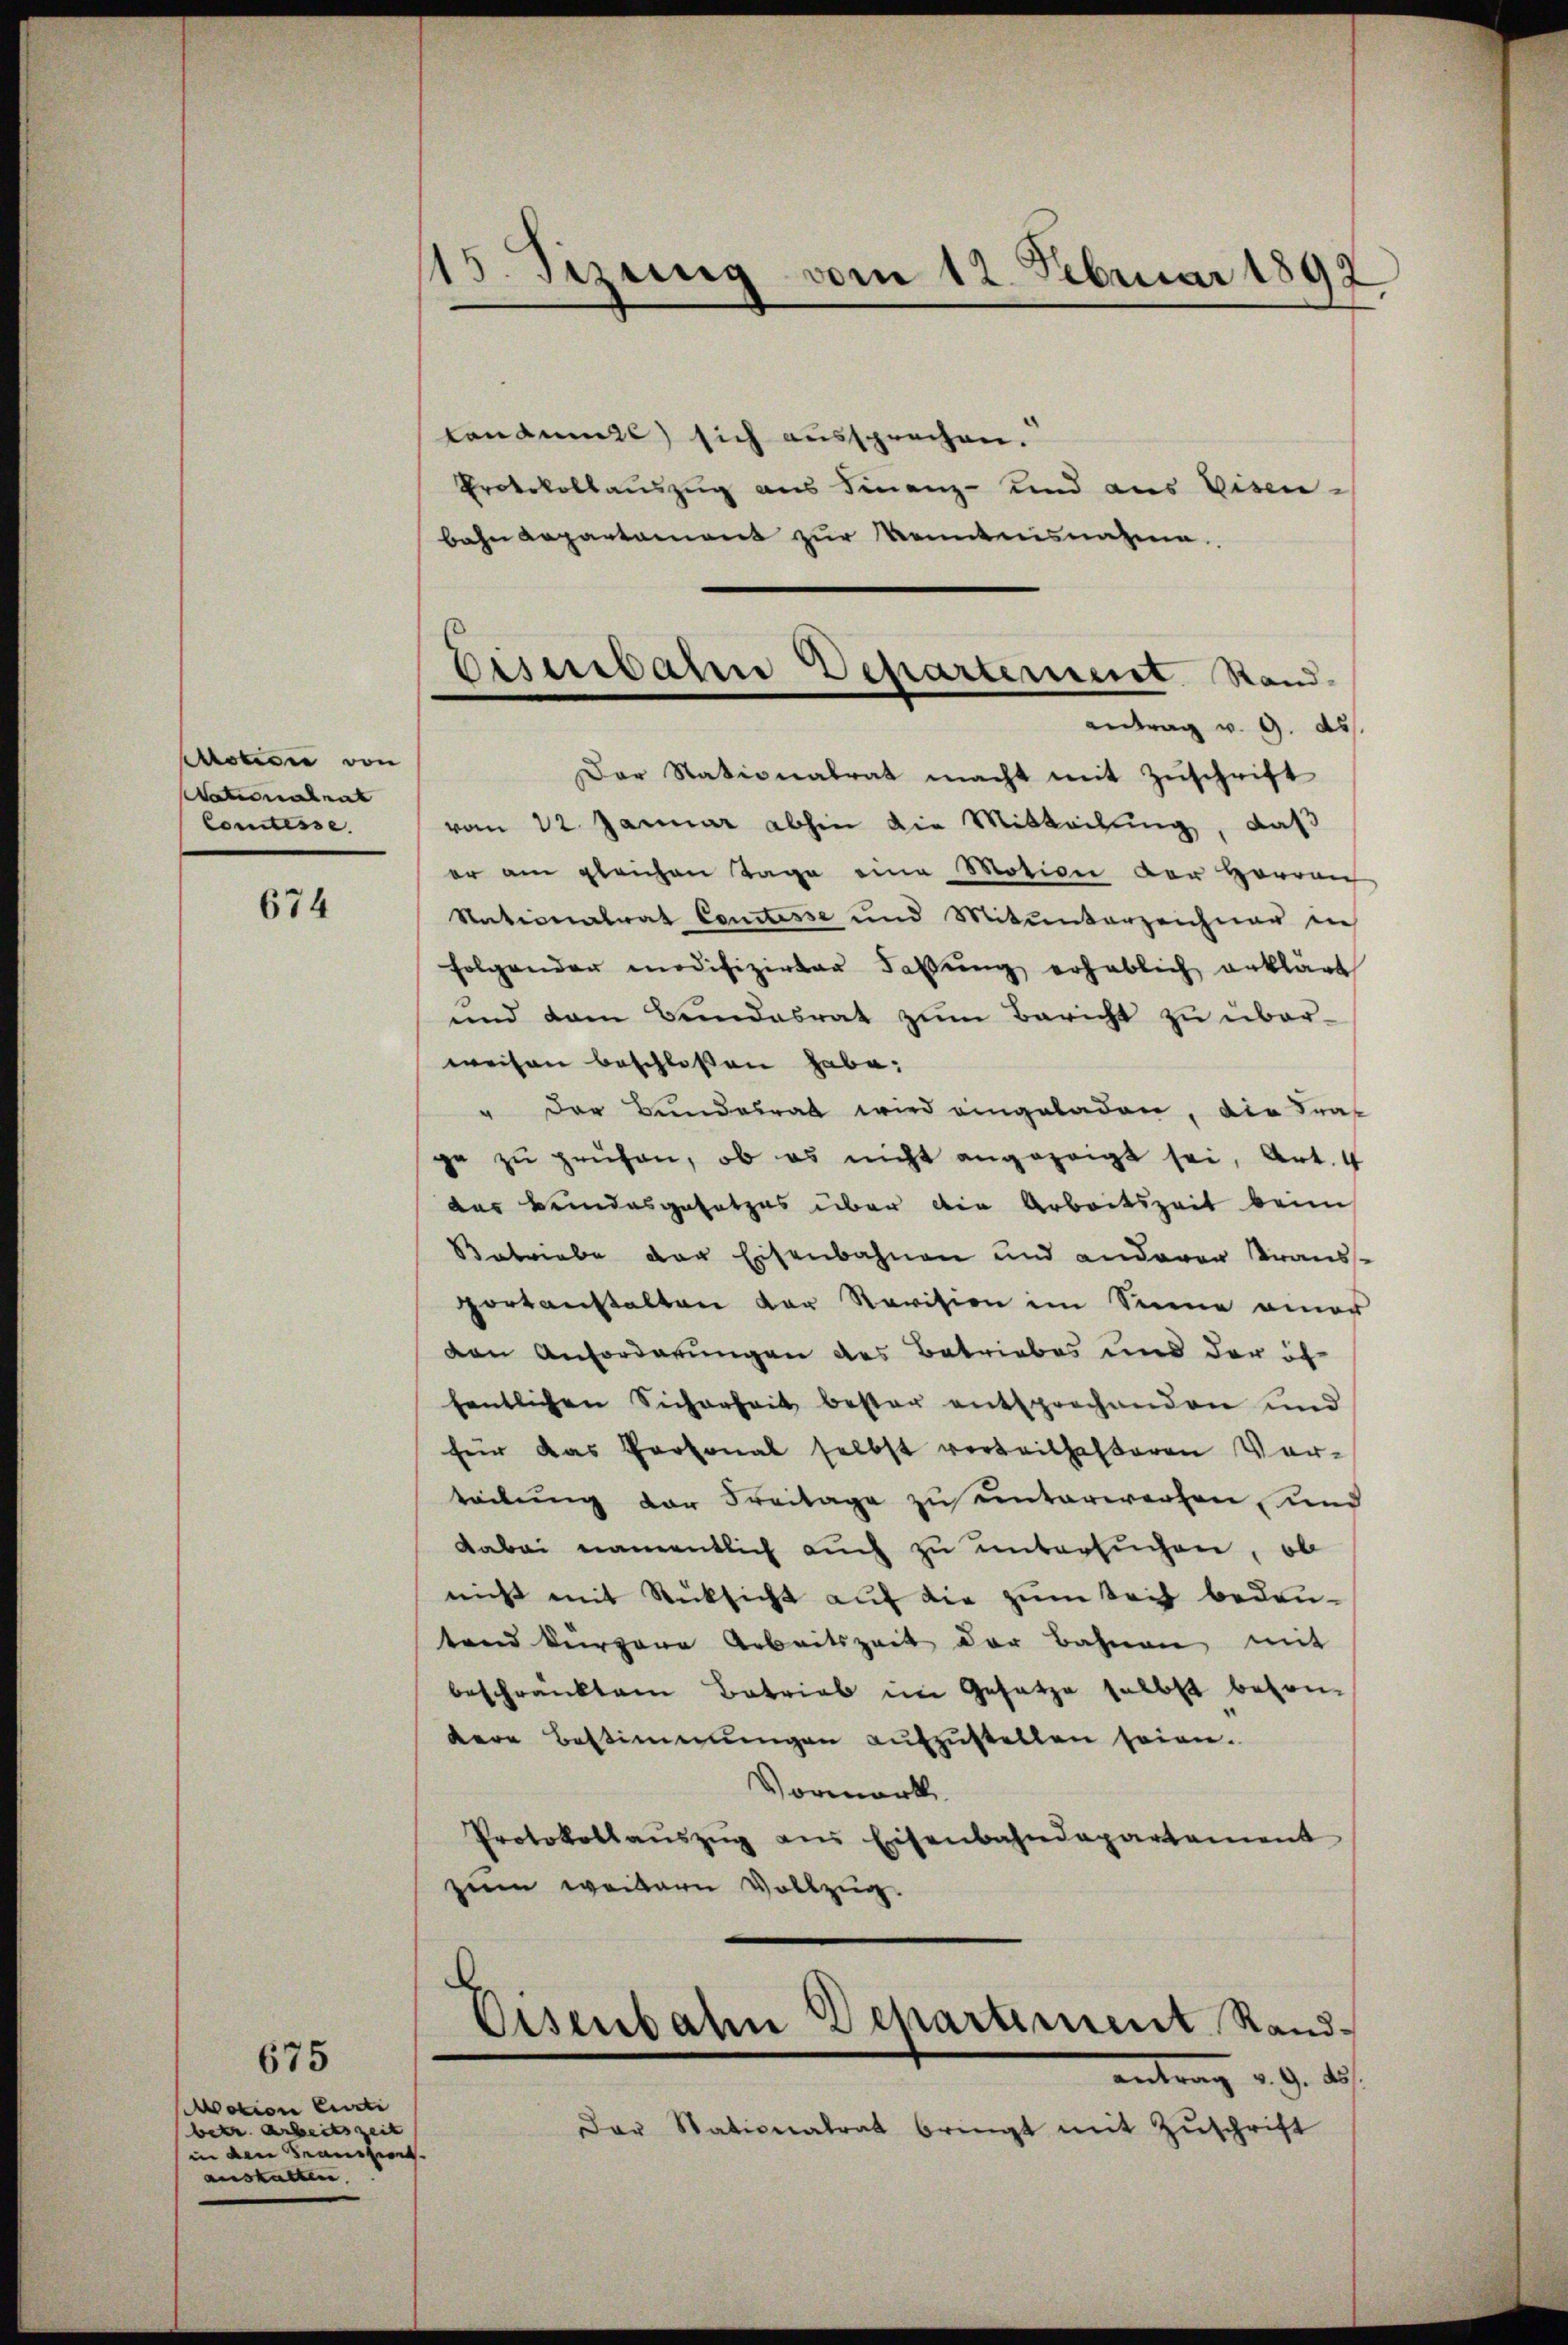
Wobei von
Nationalrat
Comtesse.

674

675
Motion Curti
betr. Arbeitszeit |
in den Beaussiert.
aushalten

15. Jezung vom 12. Februar 1892

conaumze) sich aussprechen.
Protokollauszug aus Finanz- und aus Eisen-
bahn Capartament zur Kenntensnahme

Disenbahn Departement Standantrag v. 9. ds.

Der Stationalrat macht mit Zuschrift
vom 22. Januar abhin die Mitteilung, daß
er am gleichen Tage eine Motion der Herren
Nationalrat Comtesse und Mitunterzeichner die
folgender modifizirter Fabŭng erheblich erklärt
und dem Bundesrat zum Bericht zu überweisen beschlossen habe;
" Der Bundesrat wird eingeladen, die Kraf
je zu prüfen, ob es nicht angezeigt sei, Art. 4
das Bundesgesetzes über die Arbeitszeit beim
Betriebe der Eisenbahnen und anderer Transportanstalten der Revision im Sinne einer
ven Anforderungen des Betriebes und der ih
fentlichen Sicherheit bester entsprechenden und
für das Personal selbst verteilhafteren Vor-
teilung der Freitage zu unterwerfen, und
Dabei namentlich auch zu untersuchen, ob
nicht mit Rücksicht auf die zum Teil bedeutand kürzere Arbeitszeit der Bahnen mit
beschränktem Betrieb im Gesetze selbst besondere Bestimmungen aufzustellen seien.
Vormerk
Protokollaŭszŭg ans Eisenbahndepartement
sem weitern Vollzug.

Eisenbahn Departiment Stand-
antrag d. d. des

Der Stationalrat bringt mit Zŭschrift